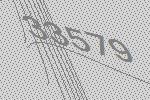
33579